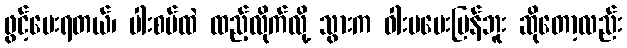
ဖွင့်ပေးရတယ်၊ ပါးစပ်ထဲ ထည့်လိုက်လို့ သွားက ဝါးမပေးပြန်ဘူး ဆိုတော့လည်း